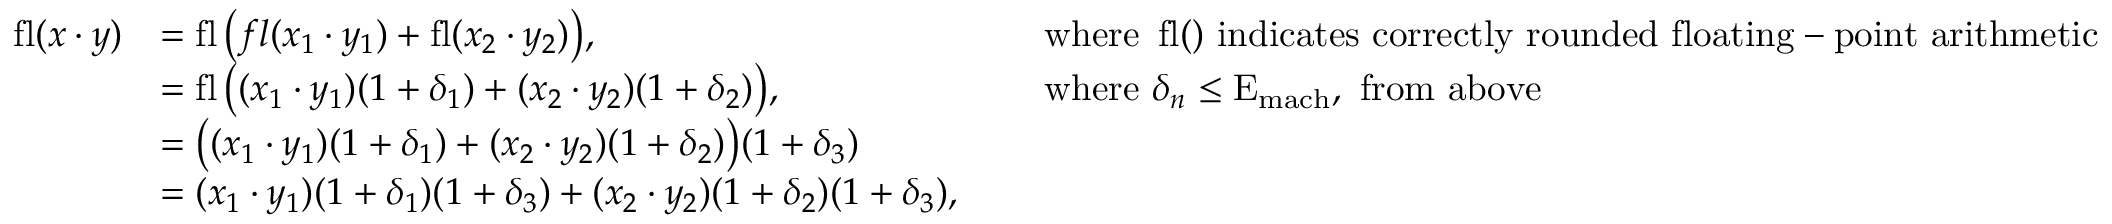
{ \begin{array} { r l r l } { \operatorname { f l } ( x \cdot y ) } & { = \operatorname { f l } { \big ( } f l ( x _ { 1 } \cdot y _ { 1 } ) + \operatorname { f l } ( x _ { 2 } \cdot y _ { 2 } ) { \big ) } , } & & { { \mathrm { ~ w h e r e ~ } } \operatorname { f l } ( ) { \mathrm { ~ i n d i c a t e s ~ c o r r e c t l y ~ r o u n d e d ~ f l o a t i n g - p o i n t ~ a r i t h m e t i c } } } \\ & { = \operatorname { f l } { \big ( } ( x _ { 1 } \cdot y _ { 1 } ) ( 1 + \delta _ { 1 } ) + ( x _ { 2 } \cdot y _ { 2 } ) ( 1 + \delta _ { 2 } ) { \big ) } , } & & { { \mathrm { ~ w h e r e ~ } } \delta _ { n } \leq \mathrm { E } _ { \mathrm { m a c h } } , { \mathrm { ~ f r o m ~ a b o v e } } } \\ & { = { \big ( } ( x _ { 1 } \cdot y _ { 1 } ) ( 1 + \delta _ { 1 } ) + ( x _ { 2 } \cdot y _ { 2 } ) ( 1 + \delta _ { 2 } ) { \big ) } ( 1 + \delta _ { 3 } ) } \\ & { = ( x _ { 1 } \cdot y _ { 1 } ) ( 1 + \delta _ { 1 } ) ( 1 + \delta _ { 3 } ) + ( x _ { 2 } \cdot y _ { 2 } ) ( 1 + \delta _ { 2 } ) ( 1 + \delta _ { 3 } ) , } \end{array} }